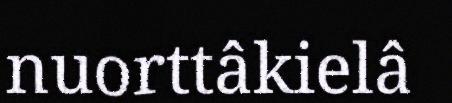
nuorttâkielâ